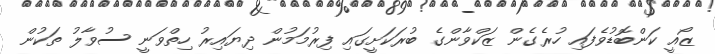
ޒޯއީ ކަންބޮޑުވެފައި ހުރެގެން ޒަކްވާންގެ ބުރަކަށީގައި ފިރުމަމުން ދިޔައިރު ހިތްވަނީ ސުވާލު ތަކުން